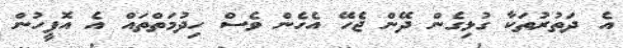
އެ ދަތުރުތަކާ ގުޅިގެން ދޭން ޖެހޭ އެހެން ވެސް ހިދުމަތްތައް އެ އޮފީހުން